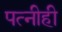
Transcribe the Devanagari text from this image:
पत्‍नीही